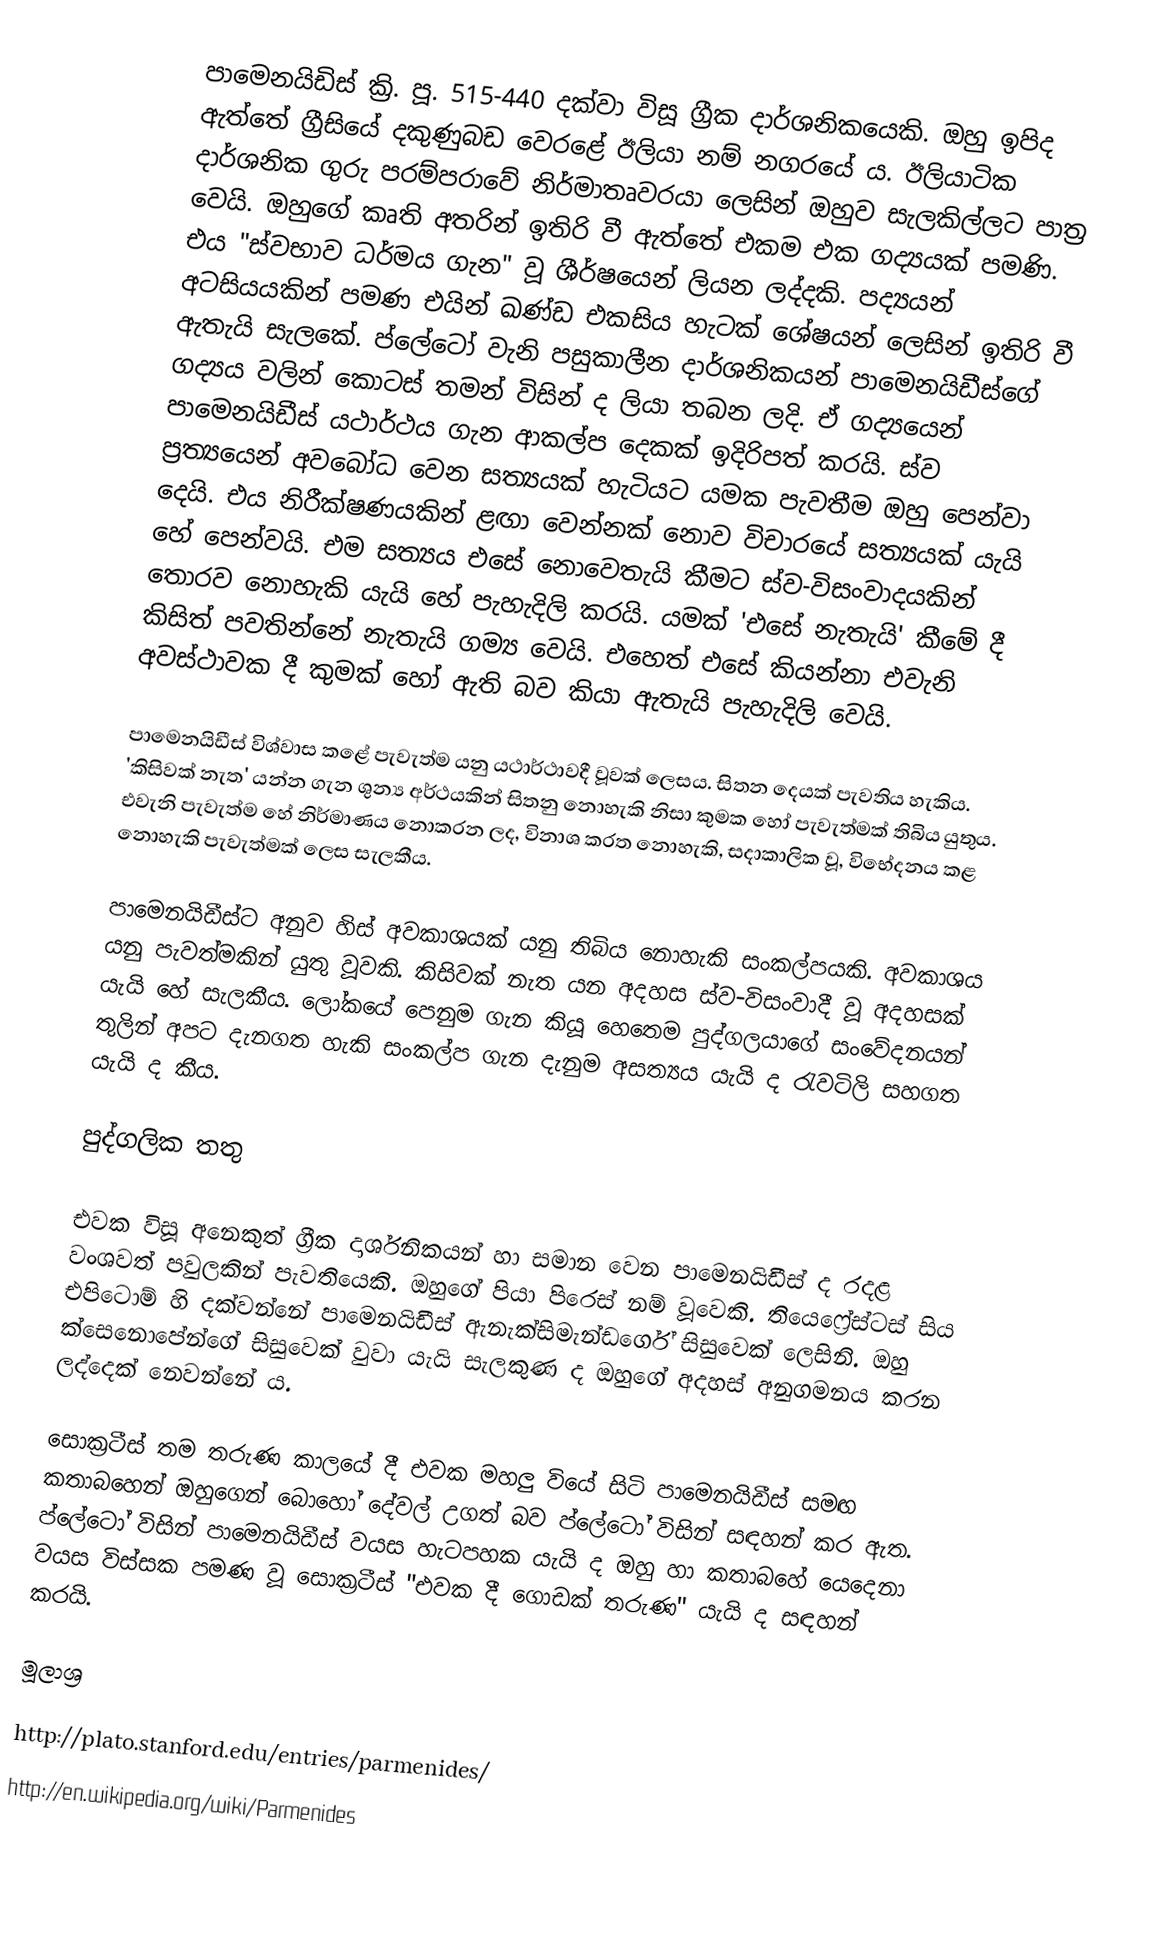
පාමෙනයිඩිස් ක්‍රි. පූ. 515-440 දක්වා විසූ ග්‍රීක දාර්ශනිකයෙකි. ඔහු ඉපිද ඇත්තේ ග්‍රීසියේ දකුණුබඩ වෙරළේ ඊලියා නම් නගරයේ ය. ඊලියාටික දාර්ශනික ගුරු පරම්පරාවේ නිර්මාතෘවරයා ලෙසින් ඔහුව සැලකිල්ලට පාත්‍ර වෙයි. ඔහුගේ කෘති අතරින් ඉතිරි වී ඇත්තේ එකම එක ගද්‍යයක් පමණි. එය "ස්වභාව ධර්මය ගැන" වූ ශීර්ෂයෙන් ලියන ලද්දකි. පද්‍යයන් අටසියයකින් පමණ එයින් ඛණ්ඩ එකසිය හැටක් ශේෂයන් ලෙසින් ඉතිරි වී ඇතැයි සැලකේ. ප්ලේටෝ වැනි පසුකාලීන දාර්ශනිකයන් පාමෙනයිඩීස්ගේ ගද්‍යය වලින් කොටස් තමන් විසින් ද ලියා තබන ලදි. ඒ ගද්‍යයෙන් පාමෙනයිඩීස් යථාර්ථය ගැන ආකල්ප දෙකක් ඉදිරිපත් කරයි. ස්ව ප්‍රත්‍යයෙන් අවබෝධ වෙන සත්‍යයක් හැටියට යමක පැවතීම ඔහු පෙන්වා දෙයි. එය නිරීක්ෂණයකින් ළඟා වෙන්නක් නොව විචාරයේ සත්‍යයක් යැයි හේ පෙන්වයි. එම සත්‍යය එසේ නොවෙතැයි කීමට ස්ව-විසංවාදයකින් තොරව නොහැකි යැයි හේ පැහැදිලි කරයි. යමක් 'එසේ නැතැයි' කීමේ දී කිසිත් පවතින්නේ නැතැයි ගම්‍ය වෙයි. එහෙත් එසේ කියන්නා එවැනි අවස්ථාවක දී කුමක් හෝ ඇති බව කියා ඇතැයි පැහැදිලි වෙයි.

පාමෙනයිඩීස් විශ්වාස කළේ පැවැත්ම යනු යථාර්ථාවදී වූවක් ලෙසය. සිතන දෙයක් පැවතිය හැකිය. 'කිසිවක් නැත' යන්න ගැන ශුන්‍ය අර්ථයකින් සිතනු නොහැකි නිසා කුමක හෝ පැවැත්මක් තිබිය යුතුය. එවැනි පැවැත්ම හේ නිර්මාණය නොකරන ලද, විනාශ කරත නොහැකි, සදාකාලික වූ, විභේදනය කළ නොහැකි පැවැත්මක් ලෙස සැලකීය.

පාමෙනයිඩීස්ට අනුව හිස් අවකාශයක් යනු තිබිය නොහැකි සංකල්පයකි. අවකාශය යනු පැවත්මකින් යුතු වූවකි. කිසිවක් නැත යන අදහස ස්ව-විසංවාදී වූ අදහසක් යැයි හේ සැලකීය. ලෝකයේ පෙනුම ගැන කියූ හෙතෙම පුද්ගලයාගේ සංවේදනයන් තුලින් අපට දැනගත හැකි සංකල්ප ගැන දැනුම අසත්‍යය යැයි ද රැවටිලි සහගත යැයි ද කීය.

පුද්ගලික තතු

එවක විසූ අනෙකුත් ග්‍රීක දාර්ශනිකයන් හා සමාන වෙන පාමෙනයිඩීස් ද රදළ වංශවත් පවුලකින් පැවතියෙකි.  ඔහුගේ පියා පිරෙස් නම් වූවෙකි. තියෙෆ්‍රේස්ටස් සිය එපිටොම් හි දක්වන්නේ පාමෙනයිඩීස් ඇනැක්සිමැන්ඩර්ගේ සිසුවෙක් ලෙසිනි. ඔහු ක්සෙනොපේන්ගේ සිසුවෙක් වුවා යැයි සැලකුණ ද ඔහුගේ අදහස් අනුගමනය කරන ලද්දෙක් නෙවන්නේ ය.

සොක්‍රටීස් තම තරුණ කාලයේ දී එවක මහලු වියේ සිටි පාමෙනයිඩීස් සමඟ කතාබහෙන් ඔහුගෙන් බොහෝ දේවල් උගත් බව ප්ලේටෝ විසින් සඳහන් කර ඇත. ප්ලේටෝ විසින් පාමෙනයිඩීස් වයස හැටපහක යැයි ද ඔහු හා කතාබහේ යෙදෙනා වයස විස්සක පමණ වූ සොක්‍රටීස් "එවක දී ගොඩක් තරුණ" යැයි ද සඳහන් කරයි.

මූලාශ්‍ර

 http://plato.stanford.edu/entries/parmenides/
 http://en.wikipedia.org/wiki/Parmenides